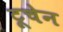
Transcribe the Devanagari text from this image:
टूचेन